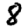
Digit: 8